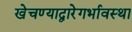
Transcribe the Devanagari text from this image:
खेचण्याद्वारेगर्भावस्था